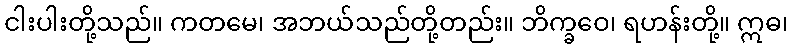
ငါးပါးတို့သည်။ ကတမေ၊ အဘယ်သည်တို့တည်း။ ဘိက္ခဝေ၊ ရဟန်းတို့။ ဣဓ၊